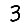
Digit: 3